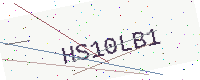
Text: HS10LB1